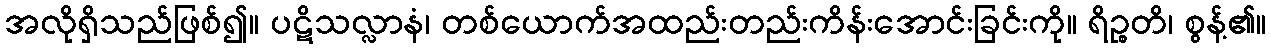
အလိုရှိသည်ဖြစ်၍။ ပဋိသလ္လာနံ၊ တစ်ယောက်အထည်းတည်းကိန်းအောင်းခြင်းကို။ ရိဉ္စတိ၊ စွန့်၏။